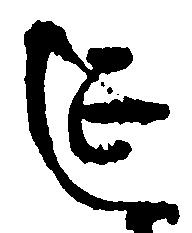
延